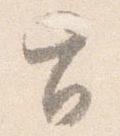
旨